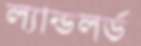
ল্যান্ডলর্ড